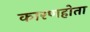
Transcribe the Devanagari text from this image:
कारणहोता